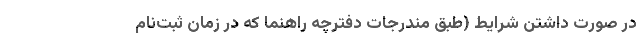
در صورت داشتن شرایط (طبق مندرجات دفترچه راهنما که در زمان ثبت‌نام